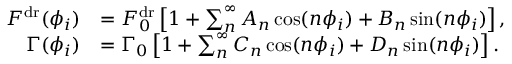
\begin{array} { r l } { F ^ { \mathrm { d r } } ( \phi _ { i } ) } & { = F _ { 0 } ^ { \mathrm { d r } } \left[ 1 + \sum _ { n } ^ { \infty } A _ { n } \cos ( n \phi _ { i } ) + B _ { n } \sin ( n \phi _ { i } ) \right] , } \\ { \Gamma ( \phi _ { i } ) } & { = \Gamma _ { 0 } \left[ 1 + \sum _ { n } ^ { \infty } C _ { n } \cos ( n \phi _ { i } ) + D _ { n } \sin ( n \phi _ { i } ) \right] . } \end{array}